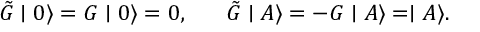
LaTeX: \tilde { G } \mid 0 \rangle = G \mid 0 \rangle = 0 , \; \; \; \; \; \; \tilde { G } \mid A \rangle = - G \mid A \rangle = \mid A \rangle .